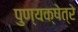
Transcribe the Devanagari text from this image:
पुण्यक्षेत्रे